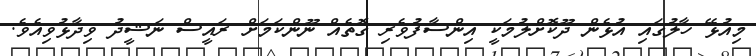
މިއުޅޭ ހާލުގައި އުޅެން ދޫކޮށްލުމަކީ އިންސާފުވެރި ގޮތެއް ނޫންކަމަށް ރައީސް ނަޝީދު ވިދާޅުވިއެވެ.